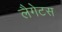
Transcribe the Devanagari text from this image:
लैगेटस